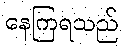
နေကြရသည်